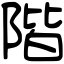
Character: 階